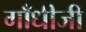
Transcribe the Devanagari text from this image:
गाँधीजी